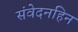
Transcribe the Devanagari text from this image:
संवेदनहिन